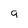
Character: 9